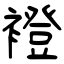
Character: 䙞